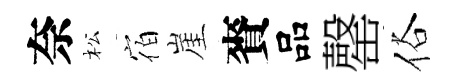
奈松宿崖賚品罄俗